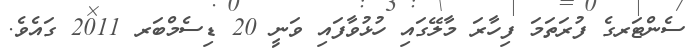
ސެންޓަރގެ ފުރަތަމަ ފިހާރަ މާލޭގައި ހުޅުވާފައި ވަނީ 20 ޑިސެމްބަރ 2011 ގައެވެ.